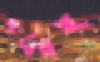
পর্দায়ই